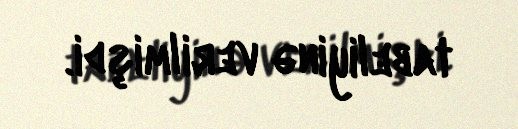
tabeliyinə verilmişdi.